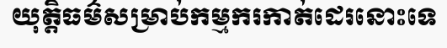
យុត្តិធម៌សម្រាប់កម្មករកាត់ដេរនោះទេ